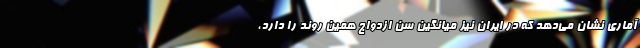
آماری نشان می‌دهد که در ایران نیز میانگین سن ازدواج همین روند را دارد،